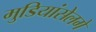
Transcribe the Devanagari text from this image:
मुडियांसेलगे